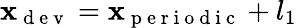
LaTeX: \mathbf{x}_{\mathrm{{~d~e~v~}}}=\mathbf{x}_{\mathrm{{~p~e~r~i~o~d~i~c~}}}+l_{1}